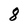
Character: 8